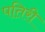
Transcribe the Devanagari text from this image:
पतिरी